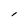
Character: l